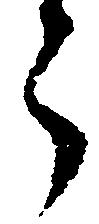
う